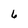
Character: 6